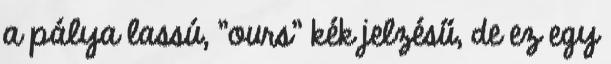
a pálya lassú, "ours" kék jelzésű, de ez egy